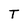
Character: T